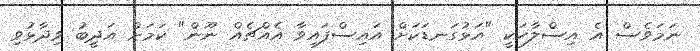
ނަމަވެސް އެ އިސްލާހަކީ "އަޅުގަނޑަކަށް އައިސްފައިވާ އެއްޗެއް ނޫން" ކަމަށް އަދީބު ވިދާޅުވި